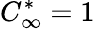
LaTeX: C_{\infty}^{*}=1